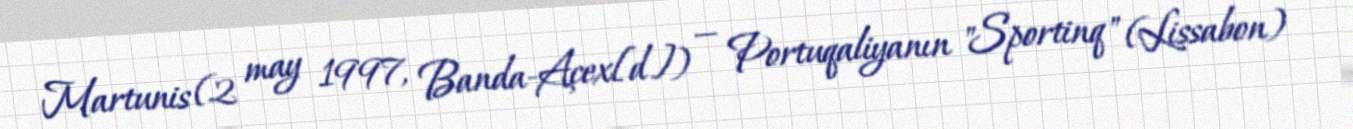
Martunis (2 may 1997, Banda-Açex[d]) — Portuqaliyanın "Sportinq" (Lissabon)